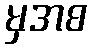
မှအစ